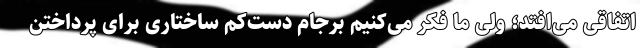
اتفاقی می‌افتد؛ ولی ما فکر می‌کنیم برجام دست‌کم ساختاری برای پرداختن